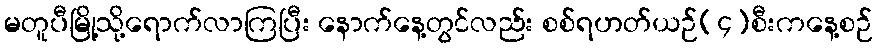
မတူပီမြို့သို့ရောက်လာကြပြီး နောက်နေ့တွင်လည်း စစ်ရဟတ်ယဉ်(၄)စီးကနေ့စဉ်